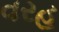
વરહ